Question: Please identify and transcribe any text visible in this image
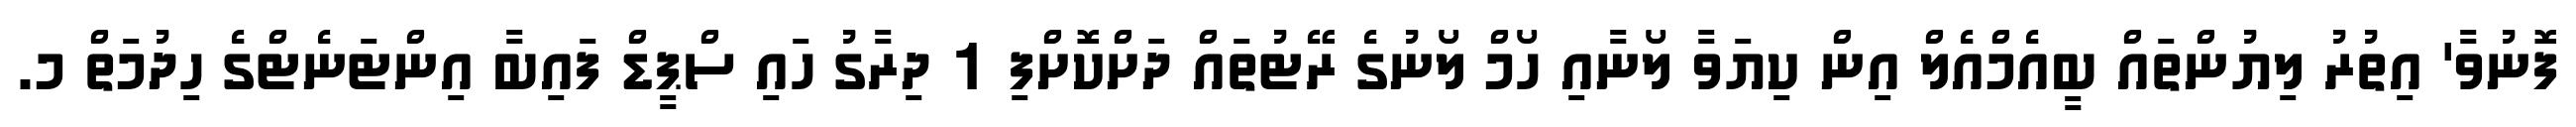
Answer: ފޮނުވާ' އިތުރު ލިޔުންތައް ބީއެމްއެލް އިން ކިޔަވާ ލޯނާއި ހޯމް ލޯނުގެ ރޭޓުތައް ދަށްކޮށްފި 1 ދިރާގު ހައި ސްޕީޑް ފައިބާ އިންޓަނެޓްގެ ހިދުމަތް މ.